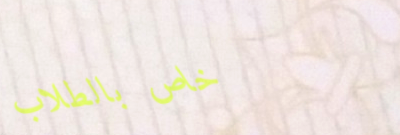
خاص بالطلاب